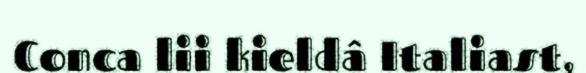
Conca lii kieldâ Italiast,